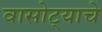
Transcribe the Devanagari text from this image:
वासोट्याचे